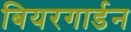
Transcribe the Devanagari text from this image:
बियरगार्डन